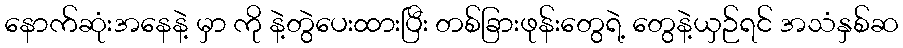
နောက်ဆုံးအနေနဲ့ မှာ ကို နဲ့တွဲပေးထားပြီး တစ်ခြားဖုန်းတွေရဲ့ တွေနဲ့ယှဉ်ရင် အသံနှစ်ဆ